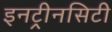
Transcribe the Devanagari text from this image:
इनट्रीनसिटी